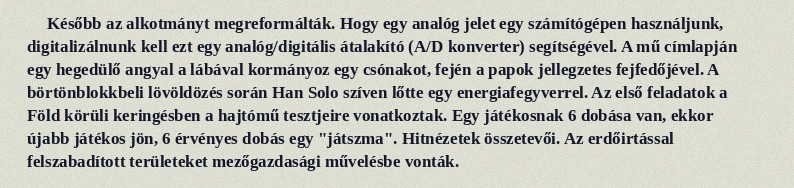
Később az alkotmányt megreformálták. Hogy egy analóg jelet egy számítógépen használjunk, digitalizálnunk kell ezt egy analóg/digitális átalakító (A/D konverter) segítségével. A mű címlapján egy hegedülő angyal a lábával kormányoz egy csónakot, fején a papok jellegzetes fejfedőjével. A börtönblokkbeli lövöldözés során Han Solo szíven lőtte egy energiafegyverrel. Az első feladatok a Föld körüli keringésben a hajtómű tesztjeire vonatkoztak. Egy játékosnak 6 dobása van, ekkor újabb játékos jön, 6 érvényes dobás egy "játszma". Hitnézetek összetevői. Az erdőirtással felszabadított területeket mezőgazdasági művelésbe vonták.